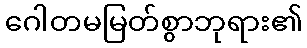
ဂေါတမမြတ်စွာဘုရား၏